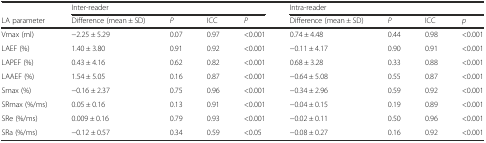
|  | <COLSPAN=4> Inter-reader | <COLSPAN=4> Intra-reader |
 | LA parameter | Difference (mean ± SD) | P | ICC | P | Difference (mean ± SD) | P | ICC | p |
 | --- | --- | --- | --- | --- | --- | --- | --- | --- |
 | Vmax (ml) | −2.25 ± 5.29 | 0.07 | 0.97 | <0.001 | 0.74 ± 4.48 | 0.44 | 0.98 | <0.001 |
 | LAEF (%) | 1.40 ± 3.80 | 0.91 | 0.92 | <0.001 | −0.11 ± 4.17 | 0.90 | 0.91 | <0.001 |
 | LAPEF (%) | 0.43 ± 4.16 | 0.62 | 0.82 | <0.001 | 0.68 ± 3.28 | 0.33 | 0.88 | <0.001 |
 | LAAEF (%) | 1.54 ± 5.05 | 0.16 | 0.87 | <0.001 | −0.64 ± 5.08 | 0.55 | 0.87 | <0.001 |
 | Smax (%) | −0.16 ± 2.37 | 0.75 | 0.96 | <0.001 | −0.34 ± 2.96 | 0.59 | 0.92 | <0.001 |
 | SRmax (%/ms) | 0.05 ± 0.16 | 0.13 | 0.91 | <0.001 | −0.04 ± 0.15 | 0.19 | 0.89 | <0.001 |
 | SRe (%/ms) | 0.009 ± 0.16 | 0.79 | 0.93 | <0.001 | −0.02 ± 0.11 | 0.50 | 0.96 | <0.001 |
 | SRa (%/ms) | −0.12 ± 0.57 | 0.34 | 0.59 | <0.05 | −0.08 ± 0.27 | 0.16 | 0.92 | <0.001 |